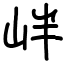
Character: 𡶡